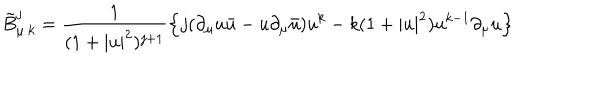
\tilde { B } _ { \mu : k } ^ { j } = \frac { 1 } { ( 1 + | u | ^ { 2 } ) ^ { j + 1 } } \left\{ j ( \partial _ { \mu } u \bar { u } - u \partial _ { \mu } \bar { u } ) u ^ { k } - k ( 1 + | u | ^ { 2 } ) u ^ { k - 1 } \partial _ { \mu } u \right\}